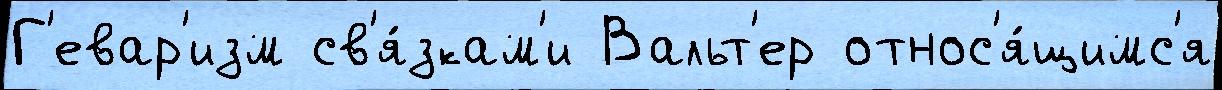
Г'евар'изм св'я́зкам'и Вальт'ер относ'я́щимс'я